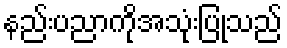
နည်းပညာကိုအသုံးပြုသည်